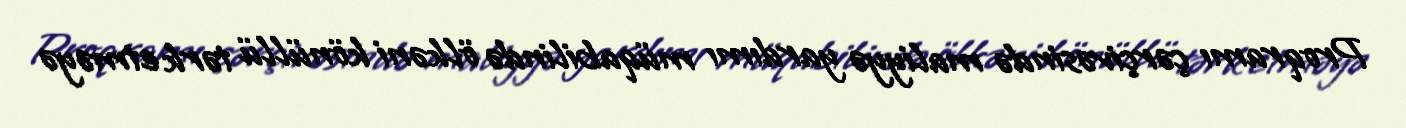
Proqramı çərçivəsində maliyyə yardımı müqabilində ölkəni könüllü tərk etməyə